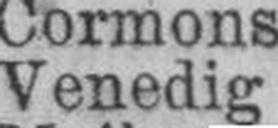
Venedig